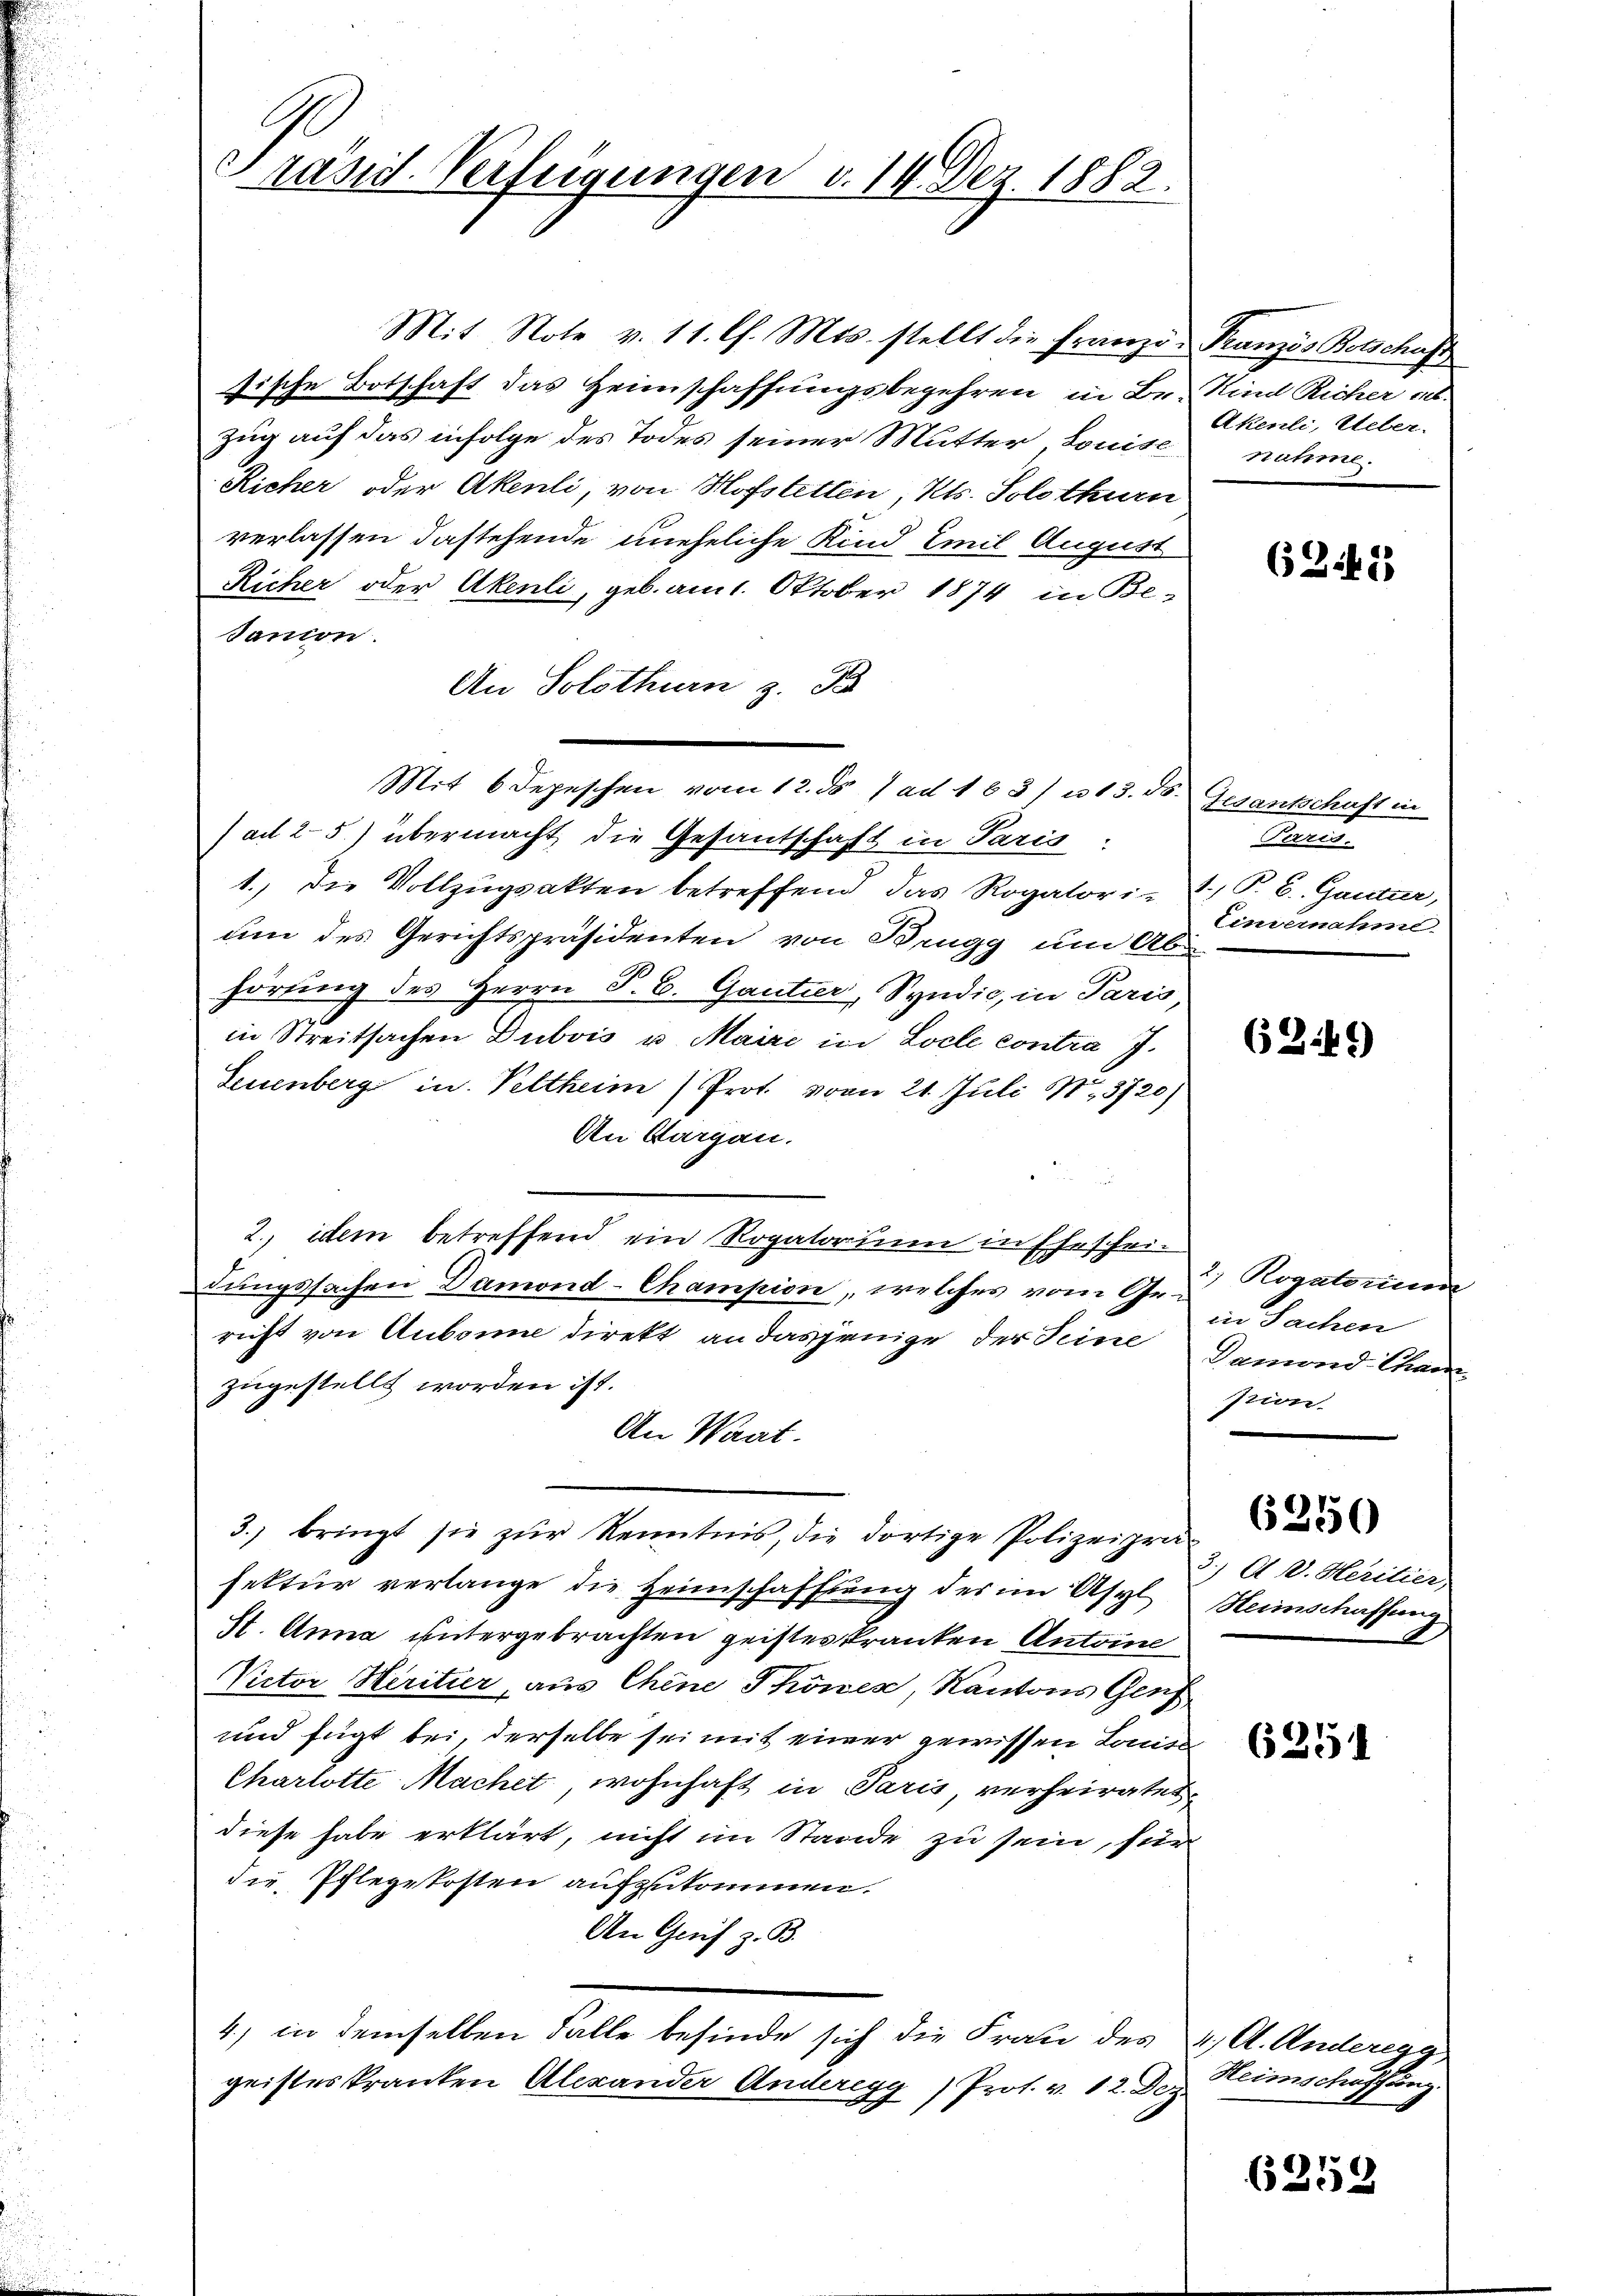
G
Pränit. Verfeigungen v. II. Dez. 1882.

Mit Note v. 11. Ch. Mts. stellt die Franzö- Franzis Botschaft
sische Botschaft das Heimschaffungsbegehren in Br. Kind Richer a.
Zug auf das infolge des Todes seiner Mutter, Louise
Richer oder Akenli, von Hofstetten, Kts. Solothurn
verlassen dastehende uneheliche Kind Emil August
Richer oder Akenli, geb. am 1. Oktober 1874 in Be-
Sanion.
An Solothurn z. B
Mit 6 Depeschen vom 12. ds. ad 1637 n 13. ds. Gesantschaft in
(ad 25) übermacht die Gesantschaft in Paris.
1. Die Vollzŭgsakten betreffend das Rogatorie P. C. Gantur,
um des Gerichtspräsidenten von Brugg um Abe
hörung des Herrn P. C. Gantier, Syndic, in Paris,
in Streitsachen Dubois u. Maire in Locle contra J.
Seuenberg in Veltheim Prot. vom 21. Juli 183720)
An Aargau.
2) idem betreffend ein Rogatorium in Ehescheidungssachen Damond-Champion, welches vom Gericht von Aubonne direkt an dasjenige der Seine Damond Cham
zugestellt worden ist.
An Waat.
3. bringt sie zur Kenntnis, die dortige Polizeiprä
fektur verlange die Heimschaffung der im Asyl Heimschaffung
St. Anna untergebrachten geisteskranken Antone
Victor Heritier, aus Chine Phönes Kantons Genf
und fügt bei, derselbe sei mit einer gewissen Louiss
Charlotte Machet wohnhaft in Paris, verheiratet
diese habe erklärt, nicht im Stande zu sein, für
die Pflegekosten aufzukommen.
An Greif z. B.
4) in demselben Falle befinde sich die Frau des 24, A. Anderegg
geisteskranken Alexander Anderegg ) Prot. v. 12. Dez

Akenli, Ueber-
nahme.

(2141)

Ferzig.
Einvernahme.

62149)

2) Rogatorium
in Sachen
ption.

6250

3.) A. D. Heritier

6251

Heimschaffung.

6253